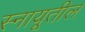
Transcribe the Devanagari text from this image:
स्नायूतील